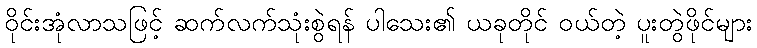
ဝိုင်းအုံလာသဖြင့် ဆက်လက်သုံးစွဲရန် ပါသေး၏ ယခုတိုင် ဝယ်တဲ့ ပူးတွဲဖိုင်များ